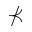
\nprec